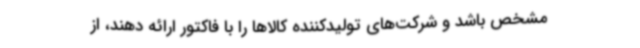
مشخص باشد و شرکت‌های تولیدکننده کالاها را با فاکتور ارائه دهند، از